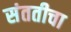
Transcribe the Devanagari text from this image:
संततीचा